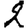
Digit: 2